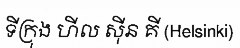
ទីក្រុង ហីល ស៊ីន គី (Helsinki)